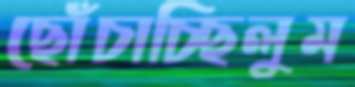
ছোঁচাচ্ছিলুম